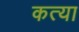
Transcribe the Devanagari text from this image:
कत्या